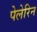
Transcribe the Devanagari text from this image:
पेलेरिन